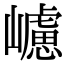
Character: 𡾅